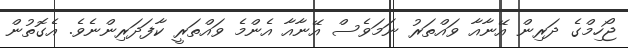
ޖޯހިމްގެ ދަރިން އޭނާއާ ވައްތަރު ނަމަވެސް އޭނާއާ އެންމެ ވައްތަރީ ކާފަދަރިންނެވެ. އެގޮތުން